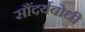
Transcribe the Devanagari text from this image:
सौंदर्यबोधी